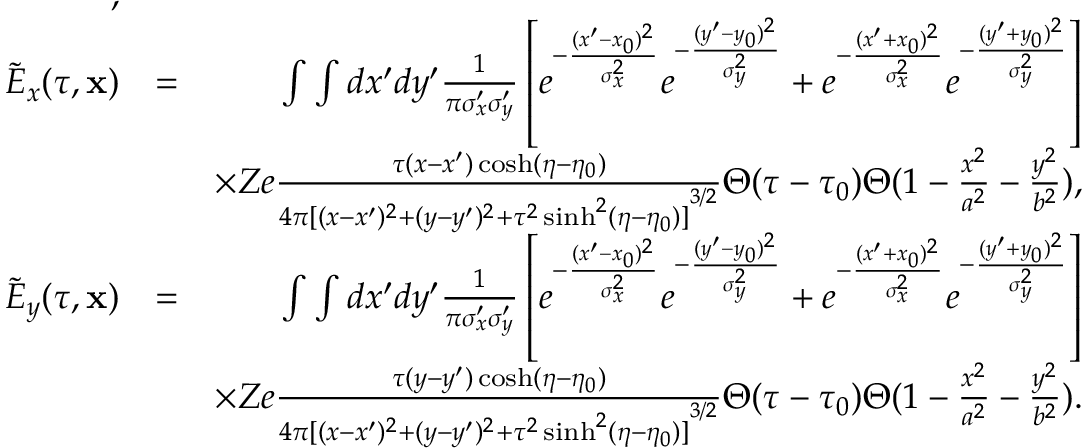
\begin{array} { r l r } { , } \\ { \tilde { E } _ { x } ( \tau , \mathbf { x } ) } & { = } & { \int \int d x ^ { \prime } d y ^ { \prime } \frac { 1 } { \pi \sigma _ { x } ^ { \prime } \sigma _ { y } ^ { \prime } } \left[ e ^ { - \frac { ( x ^ { \prime } - x _ { 0 } ) ^ { 2 } } { \sigma _ { x } ^ { 2 } } } e ^ { - \frac { ( y ^ { \prime } - y _ { 0 } ) ^ { 2 } } { \sigma _ { y } ^ { 2 } } } + e ^ { - \frac { ( x ^ { \prime } + x _ { 0 } ) ^ { 2 } } { \sigma _ { x } ^ { 2 } } } e ^ { - \frac { ( y ^ { \prime } + y _ { 0 } ) ^ { 2 } } { \sigma _ { y } ^ { 2 } } } \right] } \\ & { } & { \times Z e \frac { \tau ( x - x ^ { \prime } ) \cosh ( \eta - \eta _ { 0 } ) } { 4 \pi { [ ( x - x ^ { \prime } ) ^ { 2 } + ( y - y ^ { \prime } ) ^ { 2 } + \tau ^ { 2 } \sinh ^ { 2 } ( \eta - \eta _ { 0 } ) ] } ^ { 3 / 2 } } \Theta ( \tau - \tau _ { 0 } ) \Theta ( 1 - \frac { x ^ { 2 } } { a ^ { 2 } } - \frac { y ^ { 2 } } { b ^ { 2 } } ) , } \\ { \tilde { E } _ { y } ( \tau , \mathbf { x } ) } & { = } & { \int \int d x ^ { \prime } d y ^ { \prime } \frac { 1 } { \pi \sigma _ { x } ^ { \prime } \sigma _ { y } ^ { \prime } } \left[ e ^ { - \frac { ( x ^ { \prime } - x _ { 0 } ) ^ { 2 } } { \sigma _ { x } ^ { 2 } } } e ^ { - \frac { ( y ^ { \prime } - y _ { 0 } ) ^ { 2 } } { \sigma _ { y } ^ { 2 } } } + e ^ { - \frac { ( x ^ { \prime } + x _ { 0 } ) ^ { 2 } } { \sigma _ { x } ^ { 2 } } } e ^ { - \frac { ( y ^ { \prime } + y _ { 0 } ) ^ { 2 } } { \sigma _ { y } ^ { 2 } } } \right] } \\ & { } & { \times Z e \frac { \tau ( y - y ^ { \prime } ) \cosh ( \eta - \eta _ { 0 } ) } { 4 \pi { [ ( x - x ^ { \prime } ) ^ { 2 } + ( y - y ^ { \prime } ) ^ { 2 } + \tau ^ { 2 } \sinh ^ { 2 } ( \eta - \eta _ { 0 } ) ] } ^ { 3 / 2 } } \Theta ( \tau - \tau _ { 0 } ) \Theta ( 1 - \frac { x ^ { 2 } } { a ^ { 2 } } - \frac { y ^ { 2 } } { b ^ { 2 } } ) . } \end{array}